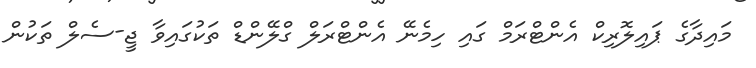
މައިދާގެ ޕައިލޮރިކް އެންޓްރަމް ގައި ހިމެނޭ އެންޓްރަލް ގްލޭންޑް ތަކުގައިވާ ޖީ-ސެލް ތަކުން